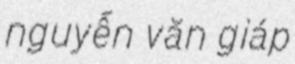
nguyễn văn giáp